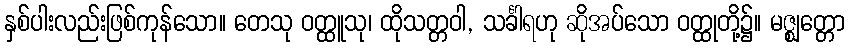
နှစ်ပါးလည်းဖြစ်ကုန်သော။ တေသု ဝတ္ထူသု၊ ထိုသတ္တဝါ, သင်္ခါရဟု ဆိုအပ်သော ဝတ္ထုတို့၌။ မဇ္ဈတ္တော